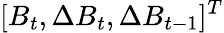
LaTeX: [B_{t},\Delta B_{t},\Delta B_{t-1}]^{T}